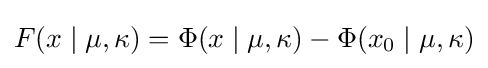
F(x\mid \mu ,\kappa )=\Phi (x\mid \mu ,\kappa )-\Phi (x_{0}\mid \mu ,\kappa )